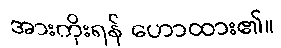
အားကိုးရန် ဟောထား၏။